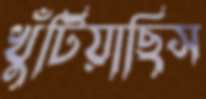
খুঁটিয়াছিস